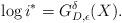
LaTeX: \begin{align*}\log i^* = G_{D, \epsilon}^{\delta}(X). \end{align*}